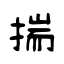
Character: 揣